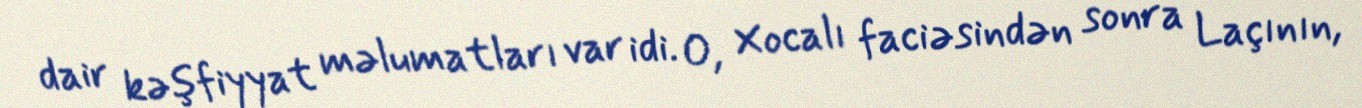
dair kəşfiyyat məlumatları var idi. O, Xocalı faciəsindən sonra Laçının,